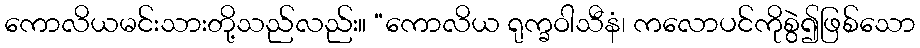
ကောလိယမင်းသားတို့သည်လည်း။ “ကောလိယ ရုက္ခဝါသီနံ၊ ကလောပင်ကိုစွဲ၍ဖြစ်သော